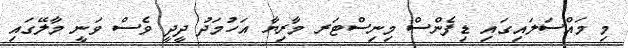
މި މައްސަލައިގައި ޑިފެންސް މިނިސްޓަރ މާރިޔާ އަހުމަދު ދީދީ ވެސް ވަނީ މާލޭގައި